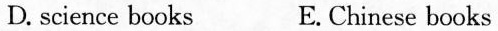
D. science books E. Chinese books